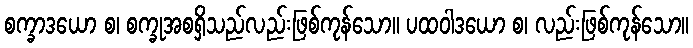
စက္ခာဒယော စ၊ စက္ခုအစရှိသည်လည်းဖြစ်ကုန်သော။ ပထဝါဒယော စ၊ လည်းဖြစ်ကုန်သော။